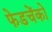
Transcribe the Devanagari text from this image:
फेडचेंको